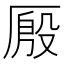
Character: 𰆤